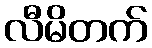
လီမိတက်